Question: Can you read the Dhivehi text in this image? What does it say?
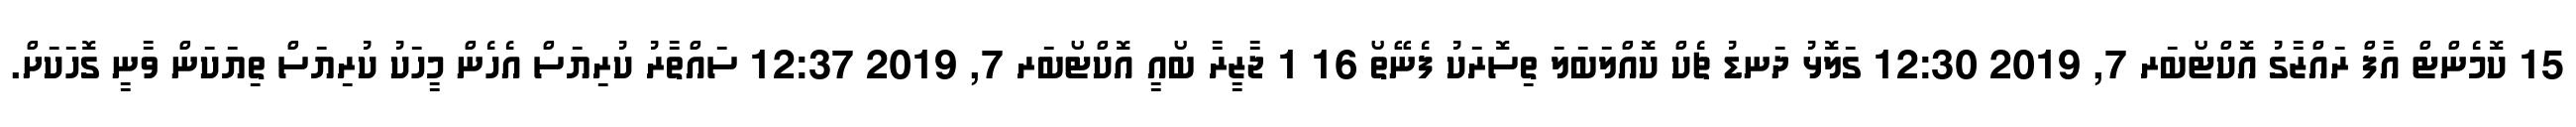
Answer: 15 ކޮމެންޓް އާފް ރައްޒާގު އޮކްޓޯބަރ 7, 2019 12:30 ގަލޮޅު ދަނޑު ޗެކް ކޮއްލަބަލަ ތިސޮރަކު ފެނޭތޯ 16 1 ޖާޒީރާ ބޯއީ އޮކްޓޯބަރ 7, 2019 12:37 ސައްތާރު ކުރިޔަސް އެހެން މީހަކު ކުރިޔަސް ތިޔަކަން ވާނީ ގޮހަކަށް.